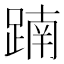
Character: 𨂾